Insane asylums in Bengal annual reports 1867-1875 - 1867-1875
Year: 1867
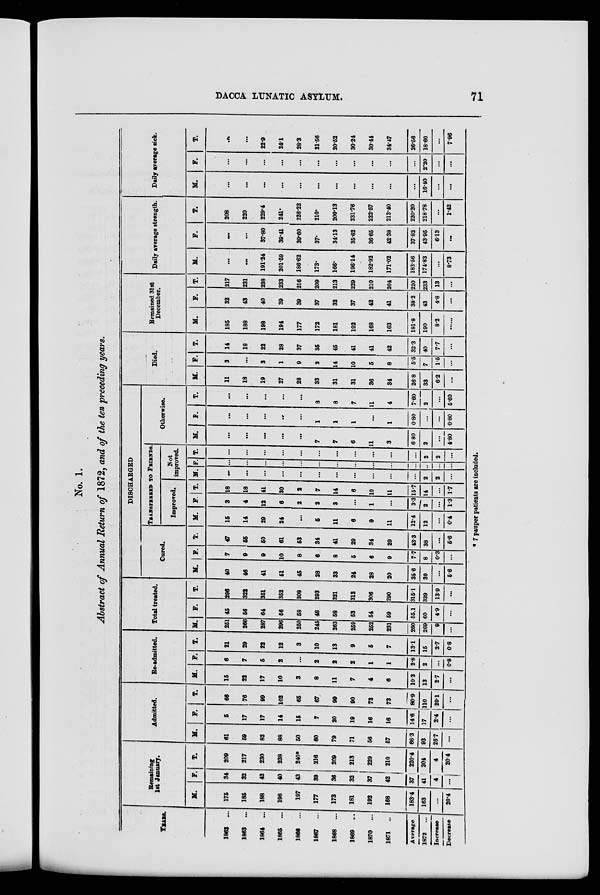
DACCA LUNATIC ASYLUM.
71
No. 1.
Abstract of Annual Return of 1872, and of the ten preceding years.
YEARS.
1862
...
1863 ...
1864
...
1865
...
1866
...
1867 ...
1868
...
1869
...
1870
...
1871 ...
Average
1872
...
Increase
Decrease
Remaining
1st January.
M.
175
185
188
198
197
177
173
181
192
168
183.4
163
...
20.4
F.
34
32
42
40
43
39
36
32
37
42
37
41
4
...
T.
209
217
230
238
240*
216
209
213
229
210
220.4
204
4
20.4
Admitted.
M.
61
59
82
88
50
60
79
71
56
57
66.3
93
26.7
...
F.
5
17
17
14
15
7
20
19
16
16
14.6
17
2.4
...
T.
66
76
99
102
65
67
99
90
72
73
80.9
110
29.1
...
Re-admitted.
M.
15
22
17
10
3
8
11
7
4
6
10.3
13
2.7
...
F.
6
7
5
2
...
2
2
2
1
1
2.8
2
...
0.8
T.
21
29
22
12
3
10
13
9
5
7
13.1
15
2.7
0.8
Total treated.
M.
251
266
287
296
250
245
263
259
252
231
260
269
9
...
F.
45
56
64
56
58
48
58
53
54
59
55.1
60
4.9
...
T.
296
322
351
352
308
293
321
312
306
290
315.1
329
13.9
...
DISCHARGED
Cured.
M.
40
46
41
51
45
28
33
24
28
20
35.6
30
...
5.6
F.
7
9
9
10
8
6
8
5
6
9
7.7
8
0.3
...
T.
47
55
50
61
53
34
41
29
34
29
43.3
38
...
5.6
TRANSFERRED TO FRIENDS
Improved.
M.
15
14
29
24
...
5
11
6
9
11
12.4
12
...
0.4
F.
3
4
12
6
...
2
3
...
1
...
3.3
2
...
1.3
T.
18
18
41
30
2
7
14
6
10
11
15.7
14
...
1.7
Not
improved.
M.
...
...
...
...
...
...
...
...
...
...
...
2
2
...
F.
...
...
...
...
...
...
...
...
...
...
...
...
...
...
T.
...
...
...
...
...
...
...
...
...
...
...
2
2
...
Otherwise.
M.
...
...
...
...
...
7
7
6
11
3
6.80
2
...
4.80
F.
...
...
...
...
...
1
1
1
...
1
0.80
...
...
0.80
T.
...
...
...
...
...
8
8
7
11
4
7.60
2
...
5.60
Died.
M.
11
18
19
27
28
33
31
31
36
34
26.8
33
6.2
...
F.
3
...
3
1
9
2
14
10
5
8
5.5
7
1.5
...
T.
14
18
22
28
37
35
45
41
41
42
32.3
40
7.7
...
Remained 31st
December.
M.
185
188
198
194
177
172
181
192
168
163
181.8
190
8.2
...
F.
32
43
40
39
39
37
32
37
42
41
38.2
43
4.8
...
T.
217
231
238
233
216
209
213
229
210
204
220
233
1.3
...
Daily average strength.
M.
...
...
191.24
201.59
186.62
173.
166.
196.14
182.92
171.02
183.56
174.83
...
8.73
F.
...
...
37.80
39.41
39.60
37.
34.13
35.62
36.65
42.38
37.82
43.95
6.13
...
T.
208
220
229.4
241.
226.22
210.
200.13
231.76
222.57
213.40
220.20
218.78
...
1.42
Daily average sick.
M.
...
...
...
...
...
...
...
...
...
...
...
16.40
...
...
F.
...
...
...
...
...
...
...
...
...
...
...
2.20
...
...
T.
...
...
22.9
24.1
28.3
21.56
20.52
30.24
30.44
34.47
26.56
18.60
...
7.96
7 pauper patients are included.